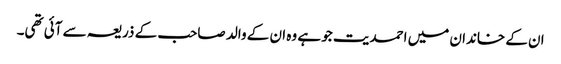
ان کے خاندان میں احمدیت جو ہے وہ ان کے والد صاحب کے ذریعہ سے آئی تھی۔